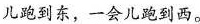
儿跑到东，一会儿跑到西。